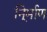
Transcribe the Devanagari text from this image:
नि्र्माण